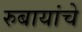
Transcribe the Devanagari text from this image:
रुबायांचे